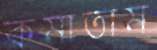
কমাতাম